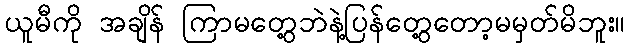
ယူမီကို အချိန် ကြာမတွေ့ဘဲနဲ့ပြန်တွေ့တော့မမှတ်မိဘူး။